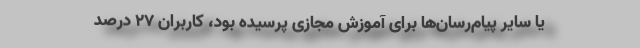
یا سایر پیام‌رسان‌ها برای آموزش مجازی پرسیده بود، کاربران ۲۷ درصد